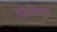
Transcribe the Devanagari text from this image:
नेसिओनाल